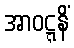
အာဝဋ္ဋနိံ